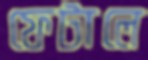
ফেটালে